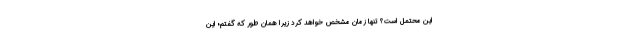
این محتمل است؟ تنها زمان مشخص خواهد کرد زیرا همان طور که گفتم؛ این